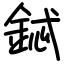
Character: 鋱